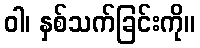
ဝါ၊ နှစ်သက်ခြင်းကို။